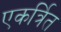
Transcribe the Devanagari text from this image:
एकर्त्रित